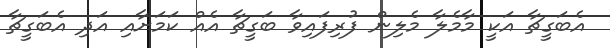
އެބަގީޗާ އަކީ މާމެލާ މެލިން ފުރިފައިވާ ބަގީޗާ އެއް ކަމަށާއި އަދި އެބަގީޗާ